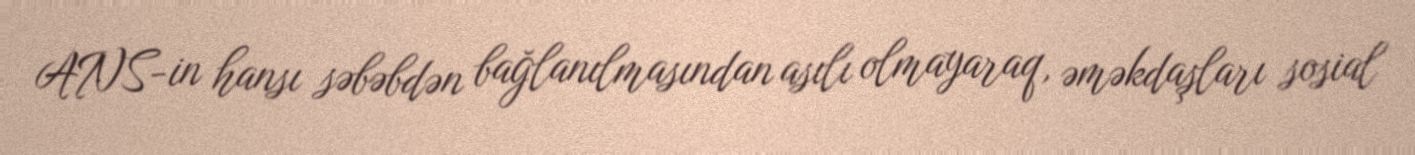
ANS-in hansı səbəbdən bağlanılmasından asılı olmayaraq, əməkdaşları sosial